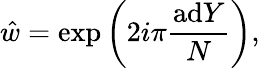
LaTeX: \hat{w}=\exp\left(2i\pi{\frac{\mathrm{ad}Y}{N}}\right),